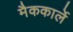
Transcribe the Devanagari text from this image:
मैककार्ले